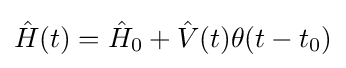
{\hat {H}}(t)={\hat {H}}_{0}+{\hat {V}}(t)\theta (t-t_{0})